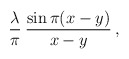
\begin{align*}{\lambda\over \pi}\> {\sin\pi(x-y)\over x-y} \, ,\end{align*}